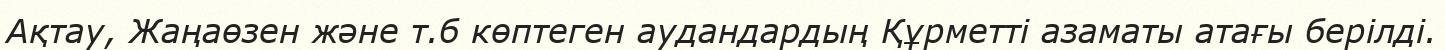
Ақтау, Жаңаөзен және т.б көптеген аудандардың Құрметті азаматы атағы берілді.